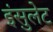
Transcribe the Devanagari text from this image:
इंसुलेट